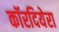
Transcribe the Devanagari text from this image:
कॉरदियेरा